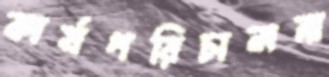
কার্যপরিচালনা